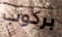
بركوب